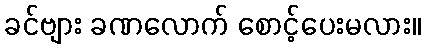
ခင်ဗျား ခဏလောက် စောင့်ပေးမလား။